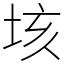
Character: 垓